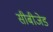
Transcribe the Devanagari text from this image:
सीबीजेड